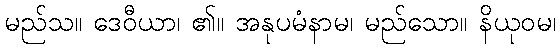
မည်သ။ ဒေဝီယာ၊ ၏။ အနုပမံနာမ၊ မည်သော။ နိယုဝမ၊